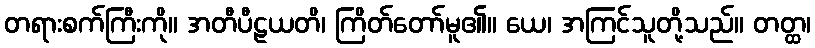
တရားစက်ကြီးကို။ အတီပီဠယတိ၊ ကြိတ်တော်မူ၏။ ယေ၊ အကြင်သူတို့သည်။ တတ္ထ၊